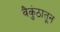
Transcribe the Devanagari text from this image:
वैकुंठातून